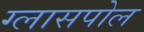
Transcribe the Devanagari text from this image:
ग्लासपोल